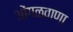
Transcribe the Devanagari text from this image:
ओंगळवाणा